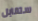
ستقابل